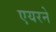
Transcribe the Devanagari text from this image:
एयरने